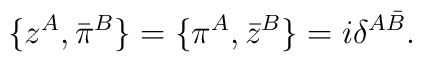
\{z^A ,\bar\pi^B\}= \{\pi^A ,\bar z^B\}=i\delta^{A\bar B}.